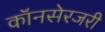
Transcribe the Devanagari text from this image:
कॉनसेरजरी